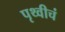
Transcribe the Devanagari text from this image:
पृथ्वीचं